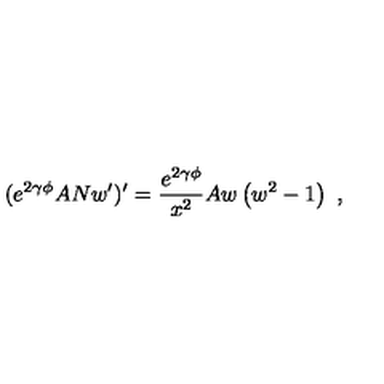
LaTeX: ( e ^ { 2 \gamma \phi } A N w ^ { \prime } ) ^ { \prime } = \frac { e ^ { 2 \gamma \phi } } { x ^ { 2 } } A w \left( w ^ { 2 } - 1 \right) \ ,